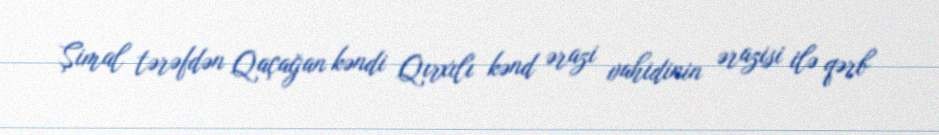
Şimal tərəfdən Qaçağan kəndi Qırxılı kənd ərazi vahidinin ərazisi ilə qərb